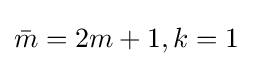
{\bar {m}}=2m+1,k=1